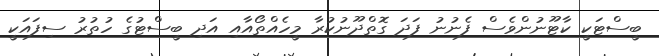
ބީސްޓަކީ ކާޓޫނުންވެސް ފެނުނު ފަދަ ގޮތްދޫނުކުރާ މީހެއްތޯއާއި އަދި ބީސްޓުގެ ހުތުރު ސިފައަކީ